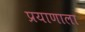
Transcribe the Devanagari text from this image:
प्रयाणाला